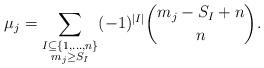
LaTeX: \begin{align*} \mu_j = \sum_{\substack{I\subseteq\{1,\dots,n\} \\ m_j \geq S_I} } (-1)^{|I|} \binom{ m_j -S_I+ n}{n}.\end{align*}